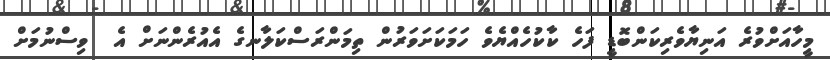
މީހާއަށްވުރެ އަނިޔާވެރިކަންބޮޑީ ފަހެ ކާކުހެއްޔެވެ ހަމަކަށަވަރުން ތިމަންރަސްކަލާނގެ އެއުރެންނަށް އެ  ވިސްނުމަށް